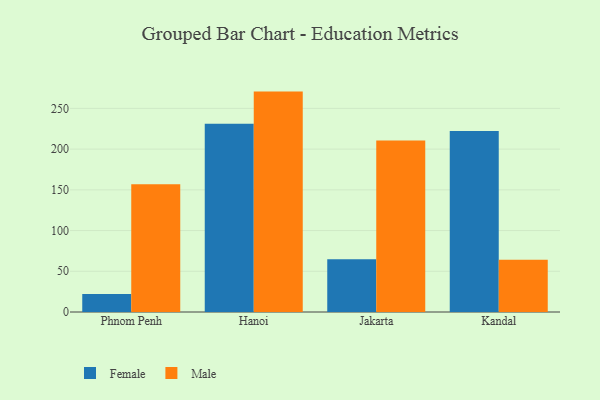
{"axis": {"x": "City", "y": "Production Output"}, "legend": ["Female", "Male"], "data": [{"x": "Phnom Penh", "y": 22.0, "type": "Female"}, {"x": "Phnom Penh", "y": 156.9, "type": "Male"}, {"x": "Hanoi", "y": 231.2, "type": "Female"}, {"x": "Hanoi", "y": 270.6, "type": "Male"}, {"x": "Jakarta", "y": 64.7, "type": "Female"}, {"x": "Jakarta", "y": 210.7, "type": "Male"}, {"x": "Kandal", "y": 222.3, "type": "Female"}, {"x": "Kandal", "y": 64.3, "type": "Male"}]}